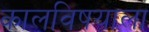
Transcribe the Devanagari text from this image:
कालविषयाला